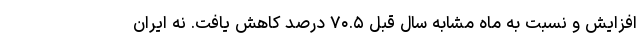
افزایش و نسبت به ماه مشابه سال قبل ۷۰.۵ درصد کاهش یافت. نهِ ایران